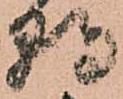
朝